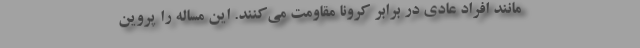
مانند افراد عادی در برابر کرونا مقاومت می‌کنند. این مساله را پروین